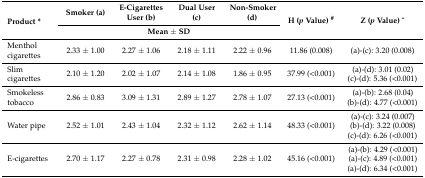
<table><thead><tr><td rowspan="2"><b>Product *</b></td><td><b>Smoker (a)</b></td><td><b>E-Cigarettes User (b)</b></td><td><b>Dual User (c)</b></td><td><b>Non-Smoker (d)</b></td><td rowspan="2"><b>H (<i>p</i> Value) <sup>#</sup></b></td><td rowspan="2"><b>Z (<i>p</i> Value) <sup>^</sup></b></td></tr><tr><td colspan="4"><b>Mean ± SD</b></td></tr></thead><tbody><tr><td>Menthol cigarettes</td><td>2.33 ± 1.00</td><td>2.27 ± 1.06</td><td>2.18 ± 1.11</td><td>2.22 ± 0.96</td><td>11.86 (0.008)</td><td>(a)-(c): 3.20 (0.008)</td></tr><tr><td>Slim cigarettes</td><td>2.10 ± 1.20</td><td>2.02 ± 1.07</td><td>2.14 ± 1.08</td><td>1.86 ± 0.95</td><td>37.99 (&lt;0.001)</td><td>(a)-(d): 3.01 (0.02) (c)-(d): 5.36 (&lt;0.001)</td></tr><tr><td>Smokeless tobacco</td><td>2.86 ± 0.83</td><td>3.09 ± 1.31</td><td>2.89 ± 1.27</td><td>2.78 ± 1.07</td><td>27.13 (&lt;0.001)</td><td>(a)-(b): 2.68 (0.04) (b)-(d): 4.77 (&lt;0.001)</td></tr><tr><td>Water pipe</td><td>2.52 ± 1.01</td><td>2.43 ± 1.04</td><td>2.32 ± 1.12</td><td>2.62 ± 1.14</td><td>48.33 (&lt;0.001)</td><td>(a)-(c): 3.24 (0.007) (b)-(d): 3.22 (0.008) (c)-(d): 6.26 (&lt;0.001)</td></tr><tr><td>E-cigarettes</td><td>2.70 ± 1.17</td><td>2.27 ± 0.78</td><td>2.31 ± 0.98</td><td>2.28 ± 1.02</td><td>45.16 (&lt;0.001)</td><td>(a)-(b): 4.29 (&lt;0.001) (a)-(c): 4.89 (&lt;0.001) (a)-(d): 6.34 (&lt;0.001)</td></tr></tbody></table>